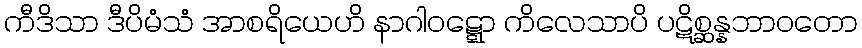
ကီဒိသာ ဒီပိမံသံ အာစရိယေဟိ နာဂါဝဋ္ဋော ကိလေသာပိ ပဋိစ္ဆန္နဘာဝတော